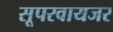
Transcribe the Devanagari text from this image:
सूपरवायजर